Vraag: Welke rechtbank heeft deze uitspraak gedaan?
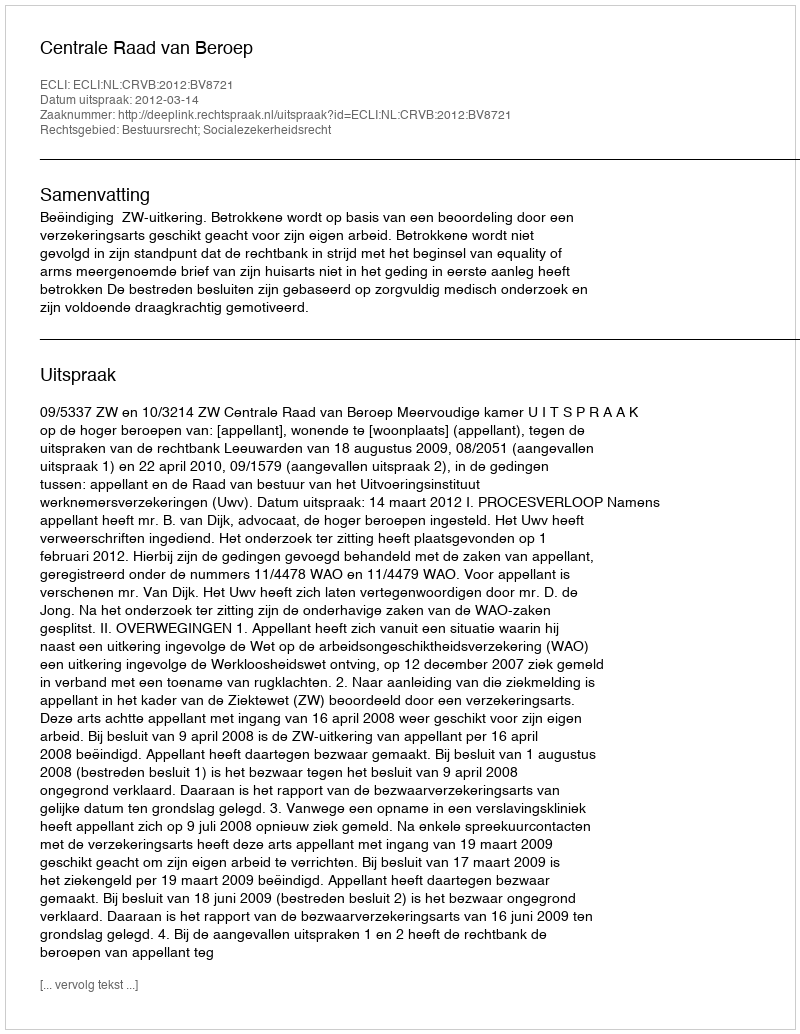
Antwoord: Centrale Raad van Beroep